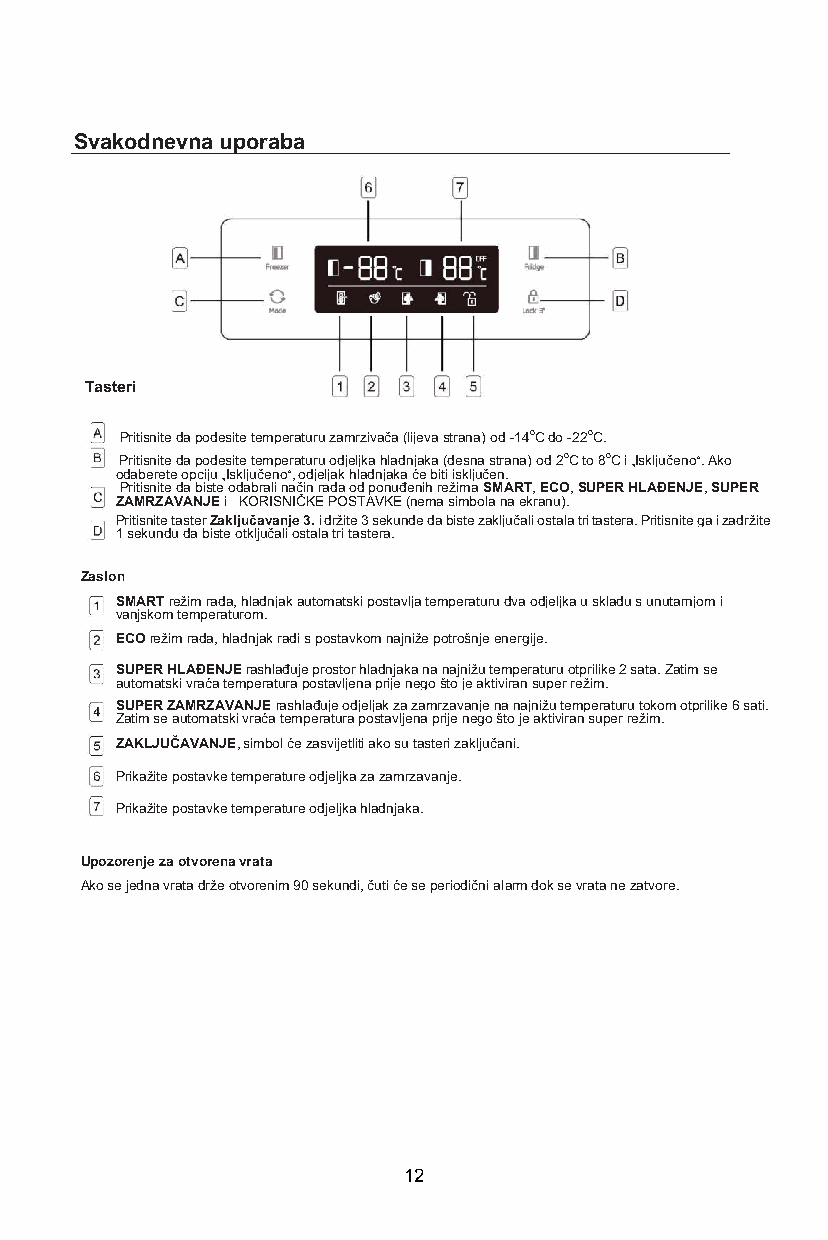
Svakodnevna uporaba
 Tasteri
 Pritisnite da podesite temperaturu zamrzivača (lijeva strana) od -14oC do -22oC.
 Pritisnite da podesite temperaturu odjeljka hladnjaka (desna strana) od 2oC to 8oC i „Isključeno“. Ako
 odaberete opciju „Isključeno“, odjeljak hladnjaka će biti isključen.
 Pritisnite da biste odabrali način rada od ponuđenih režima SMART, ECO, SUPER HLAĐENJE, SUPER
 ZAMRZAVANJE i KORISNIČKE POSTAVKE (nema simbola na ekranu).
 Pritisnite taster Zaključavanje 3. i držite 3 sekunde da biste zaključali ostala tri tastera. Pritisnite ga i zadržite
 1 sekundu da biste otključali ostala tri tastera.
 Zaslon
 SMART režim rada, hladnjak automatski postavlja temperaturu dva odjeljka u skladu s unutarnjom i
 vanjskom temperaturom.
 ECO režim rada, hladnjak radi s postavkom najniže potrošnje energije.
 SUPER HLAĐENJE rashlađuje prostor hladnjaka na najnižu temperaturu otprilike 2 sata. Zatim se
 automatski vraća temperatura postavljena prije nego što je aktiviran super režim.
 SUPER ZAMRZAVANJE rashlađuje odjeljak za zamrzavanje na najnižu temperaturu tokom otprilike 6 sati.
 Zatim se automatski vraća temperatura postavljena prije nego što je aktiviran super režim.
 ZAKLJUČAVANJE, simbol će zasvijetliti ako su tasteri zaključani.
 Prikažite postavke temperature odjeljka za zamrzavanje.
 Prikažite postavke temperature odjeljka hladnjaka.
 Upozorenje za otvorena vrata
 Ako se jedna vrata drže otvorenim 90 sekundi, čuti će se periodični alarm dok se vrata ne zatvore.
 12